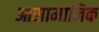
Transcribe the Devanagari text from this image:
आसामाजिक